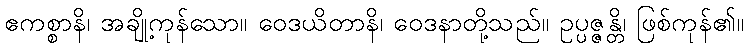
ဧကစ္စာနိ၊ အချို့ကုန်သော။ ဝေဒယိတာနိ၊ ဝေဒနာတို့သည်။ ဥပ္ပဇ္ဇန္တိ၊ ဖြစ်ကုန်၏။